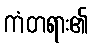
ကံတရား၏